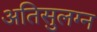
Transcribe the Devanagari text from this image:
अतिसुलग्न